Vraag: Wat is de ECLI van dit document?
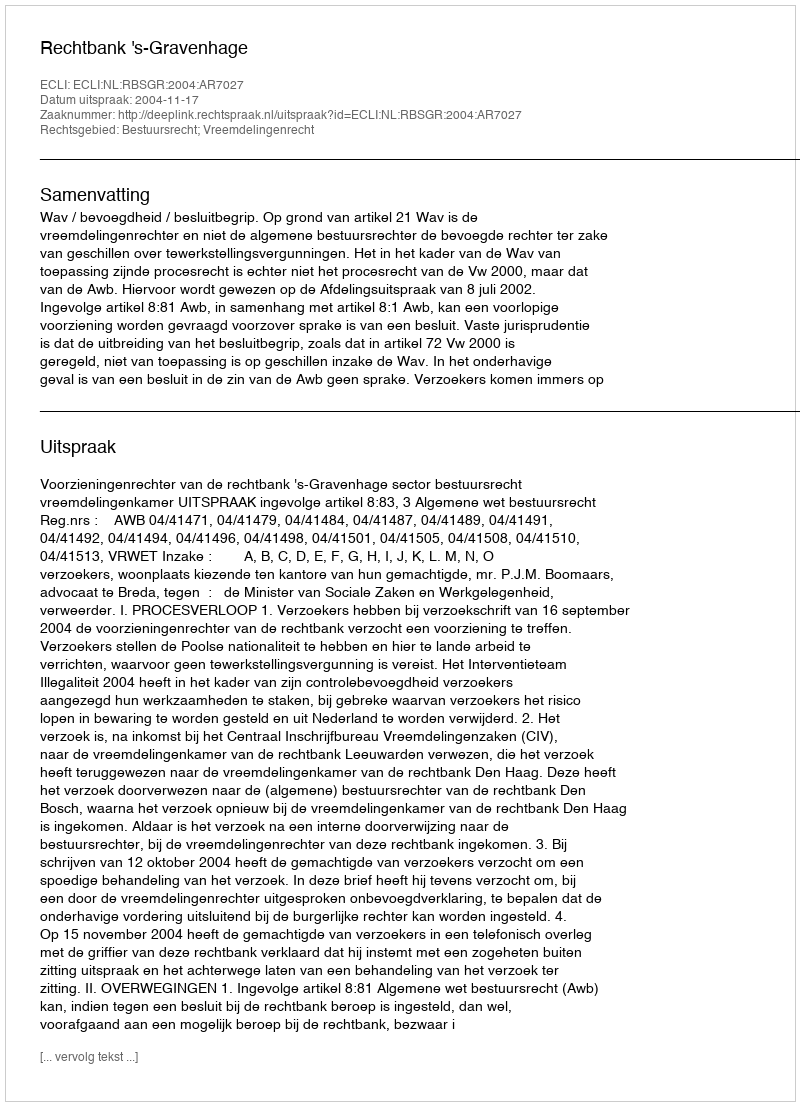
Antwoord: ECLI:NL:RBSGR:2004:AR7027